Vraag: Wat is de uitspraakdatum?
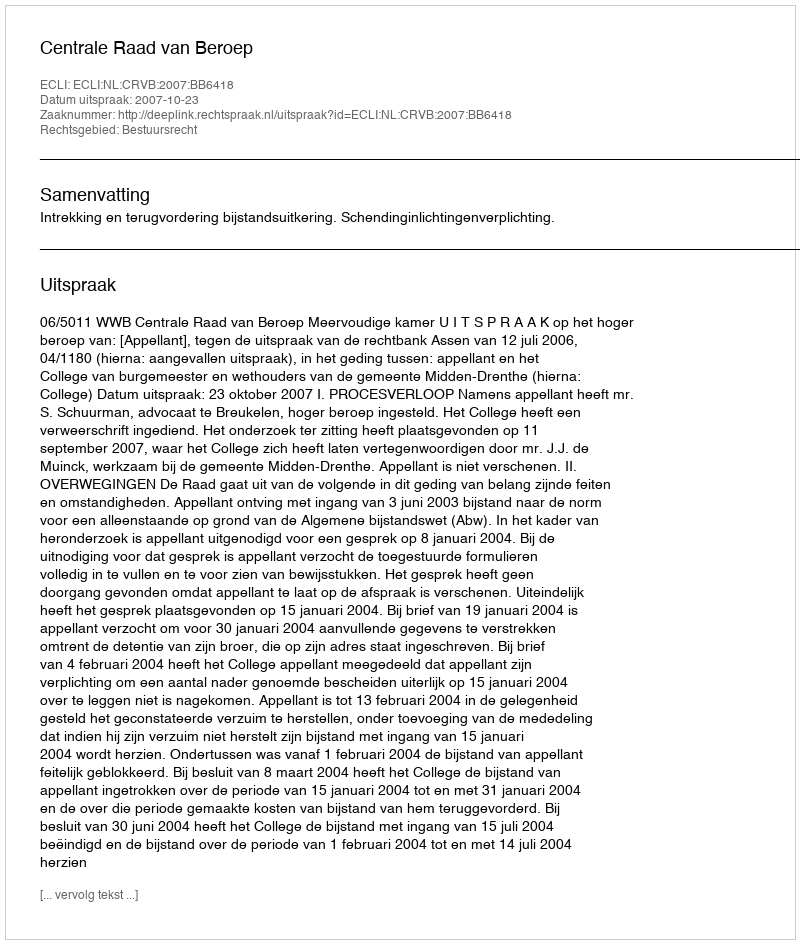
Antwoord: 2007-10-23